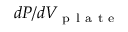
d P / d V _ { \mathrm { ~ p ~ l ~ a ~ t ~ e ~ } }